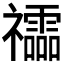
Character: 𥜧